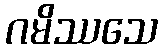
ဂမိဿသေ